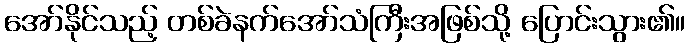
အော်နိုင်သည့် တစ်ခဲနက်အော်သံကြီးအဖြစ်သို့ ပြောင်းသွား၏။